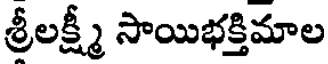
శ్రీలక్ష్మీ సాయిభక్తిమాల